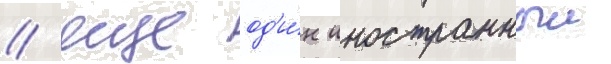
/ еще од'и́н иностранныи